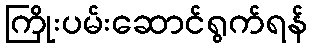
ကြိုးပမ်းဆောင်ရွက်ရန်